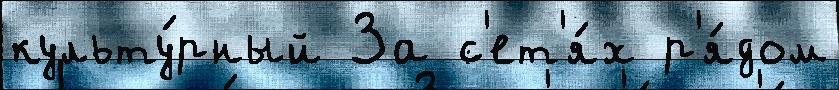
культу́рный За с'ет'я́х р'я́дом